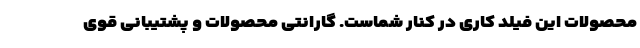
محصولات این فیلد کاری در کنار شماست. گارانتی محصولات و پشتیبانی قوی